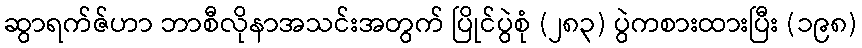
ဆွာရက်ဇ်ဟာ ဘာစီလိုနာအသင်းအတွက် ပြိုင်ပွဲစုံ (၂၈၃) ပွဲကစားထားပြီး (၁၉၈)